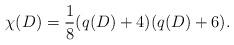
LaTeX: \begin{align*}\chi(D)=\frac{1}{8}(q(D)+4)(q(D)+6).\end{align*}